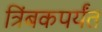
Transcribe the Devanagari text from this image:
त्रिंबकपर्यंत